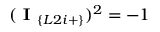
( \textbf { I } _ { \{ L 2 i + \} } ) ^ { 2 } = - 1